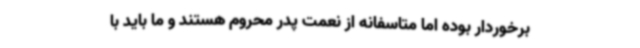
برخوردار بوده اما متاسفانه از نعمت پدر محروم ‌هستند و ما باید با